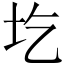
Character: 圪